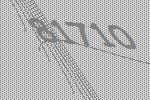
81710